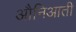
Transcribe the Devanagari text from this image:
औनिआती